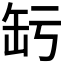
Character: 𦈣